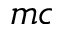
m c